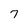
Character: 7